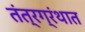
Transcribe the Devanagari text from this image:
तंत्रग्रंथात